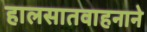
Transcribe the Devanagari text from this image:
हालसातवाहनाने